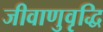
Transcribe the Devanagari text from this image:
जीवाणुवृद्धि